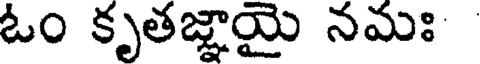
ఓం కృతజ్ఞాయై నమః